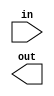
// Given a 100-bit input vector [99:0], reverse its bit ordering

// Hint: A for loop (in a combinational always block or generate block) would be useful here. 
// I would prefer a combinational always block in this case because module 
// instantiations (which require generate blocks) aren't needed.

module top_module( 
    input [99:0] in,
    output [99:0] out
);
	// Insert your code here
endmodule